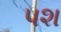
પશ